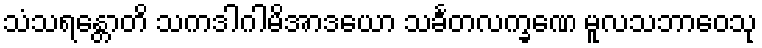
သံသရန္တောတိ သကဒါဂါမိအာဒယော သင်္ခတလက္ခဏေ မူလသဘာဝေသု